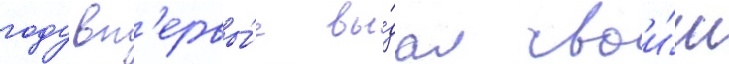
году вп'ервы́е вы́дал свои́м